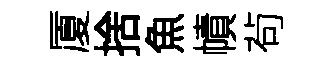
厦捨魚幘茍